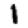
Digit: 1